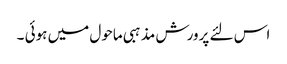
اس لئے پرورش مذہبی ماحول میں ہوئی ۔